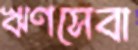
ঋণসেবা